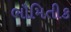
ભૌમિતીક